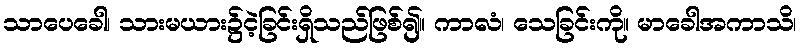
သာပေခေါ၊ သားမယား၌ငဲ့ခြင်းရှိသည်ဖြစ်၍။ ကာလံ၊ သေခြင်းကို။ မာခေါအကာသိ၊